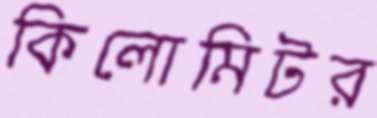
কিলোমিটর